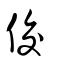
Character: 佼